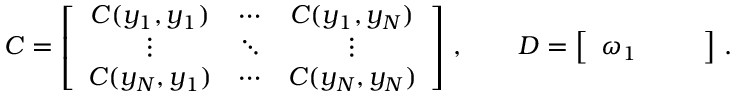
\boldsymbol C = \left[ \begin{array} { c c c } { C ( y _ { 1 } , y _ { 1 } ) } & { \cdots } & { C ( y _ { 1 } , y _ { N } ) } \\ { \vdots } & { \ddots } & { \vdots } \\ { C ( y _ { N } , y _ { 1 } ) } & { \cdots } & { C ( y _ { N } , y _ { N } ) } \end{array} \right] \, , \qquad \boldsymbol D = \left[ \begin{array} { c c c } { \omega _ { 1 } } & { } & { } \end{array} \right] \, .